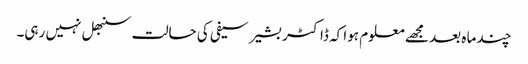
چند ما ہ بعد مجھے معلوم ہوا کہ ڈاکٹر بشیر سیفی کی حالت سنبھل نہیں رہی۔